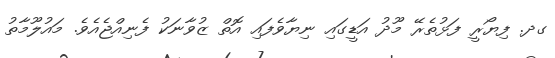
ގދ. ފިޔޯރީ ފަޅުތެރޭ މޫދު އަޑީގައި ނިޔާވެފައި އޮތް ޒުވާނަކު ފެނިއްޖެއެވެ. މައުލޫމާތު